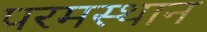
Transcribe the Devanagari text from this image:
परमस्थान